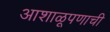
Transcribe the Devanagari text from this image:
आशाळूपणाची